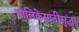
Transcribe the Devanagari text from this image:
मालिकेसाठीसुद्धा